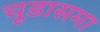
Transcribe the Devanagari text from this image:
चूडासमा